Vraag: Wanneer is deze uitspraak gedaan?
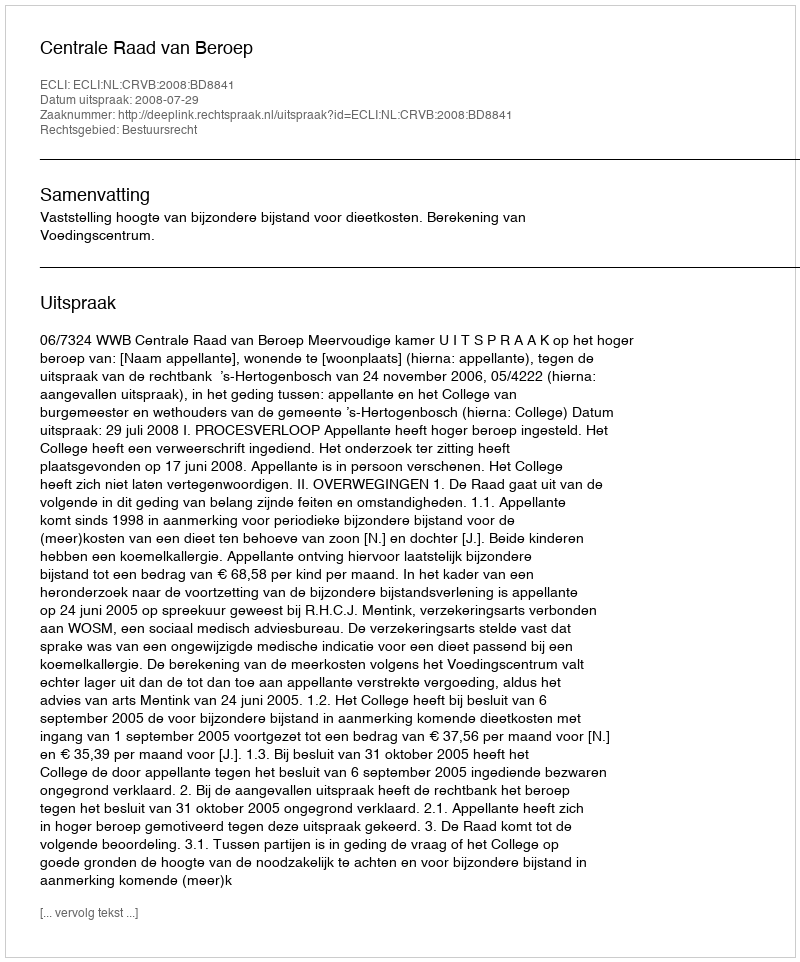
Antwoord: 2008-07-29